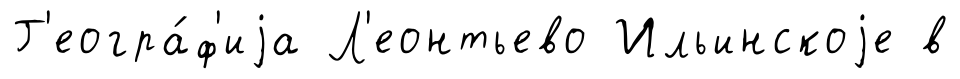
Г'еогра́ф'иjа Л'еонтьево Ильинскоjе в